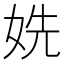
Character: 姺